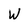
Character: W